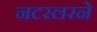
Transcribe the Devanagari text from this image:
नटरलरने